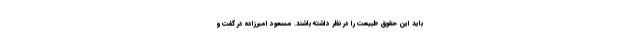
باید این حقوق طبیعت را در نظر داشته باشند. مسعود امیرزاده در گفت و